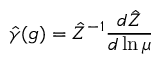
\hat { \gamma } ( g ) = \hat { Z } ^ { - 1 } { \frac { d \hat { Z } } { d \ln \mu } }